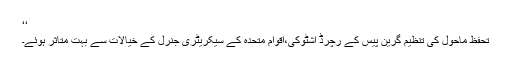
‘‘
تحفظ ماحول کی تنظيم گرين پيس کے رچرڈ اشٹوکی،اقوام متحدہ کے سيکريٹری جنرل کے خيالات سے بہت متاثر ہوئے۔